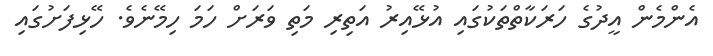
އެންމެން އީދުގެ ހަރަކާތްތަކުގައި އުޅޭއިރު އަތިރި މަތި ވަރަށް ހަމަ ހިމޭނެވެ. ހޭޅިފަށުގައި